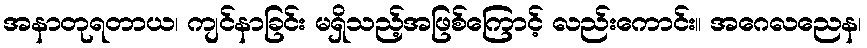
အနာတုရတာယ၊ ကျင်နာခြင်း မရှိသည့်အဖြစ်ကြောင့် လည်းကောင်း။ အဂေလညေန၊